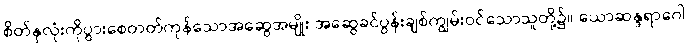
စိတ်နှလုံးကိုပွားစေတတ်ကုန်သောအဆွေအမျိုး အဆွေခင်ပွန်းချစ်ကျွမ်းဝင်သောသူတို့၌။ ယောဆန္ဒရာဂေါ၊